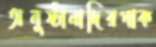
অনুষ্ঠানাদিরপাক